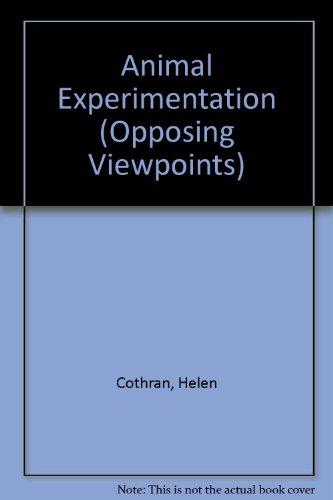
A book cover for Opposing Viewpoints Series - Animal Experimentation (paperback edition); Helen Cothran; Teen & Young Adult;